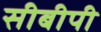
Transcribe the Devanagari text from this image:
सीबीपी